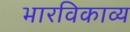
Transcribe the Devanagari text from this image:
भारविकाव्य